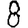
Digit: 8